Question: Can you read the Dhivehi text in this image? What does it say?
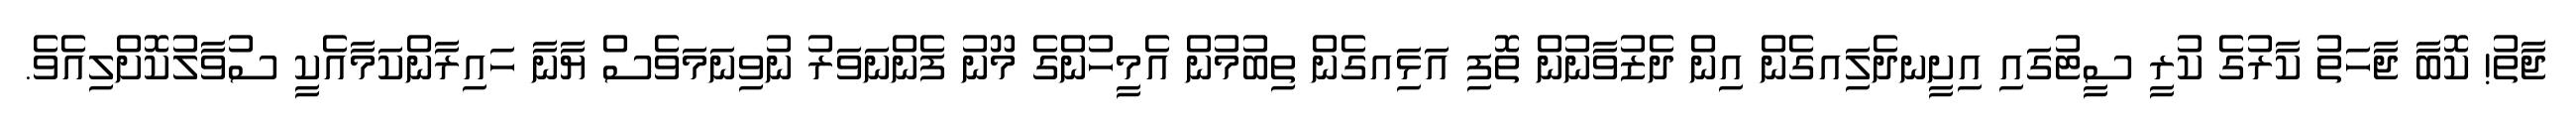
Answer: ޖާތު! ކޮބާ ޖާހަތު ކާރުގެ ކުރީ ސީޓުގައި އިށީނދެލަިއގެން އިން ދެޒުވާނުން ތޮފި އަޅަިއގެން ތިބުމުން އެމީހުންގެ މޫނު ފެންނަވަރު ނުވިނަމަވެސް ޔާނާ ހައިރާންކަމާއެކީ ސުވާލުކޮށްލިއެވެ.